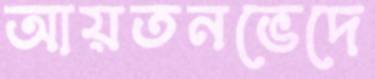
আয়তনভেদে